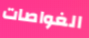
الغواصات